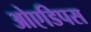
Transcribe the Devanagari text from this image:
ओएडिपस